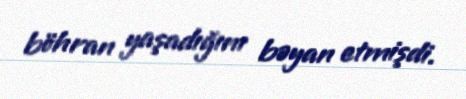
böhran yaşadığını bəyan etmişdi.